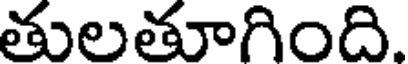
తులతూగింది.